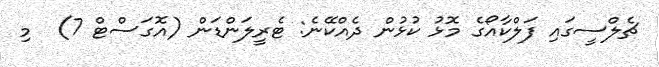
ޗެލްސީގައި ފަލްކާއޯގެ މޮޅު ކުޅުން ދެއްކޭނެ: ޓެރީލަންޑަން (އޮގަސްޓް 7)  މި